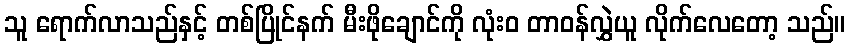
သူ ရောက်လာသည်နှင့် တစ်ပြိုင်နက် မီးဖိုချောင်ကို လုံးဝ တာဝန်လွှဲယူ လိုက်လေတော့ သည်။